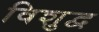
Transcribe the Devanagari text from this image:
विशुद्व